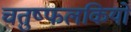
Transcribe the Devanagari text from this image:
चतुष्फलकियों